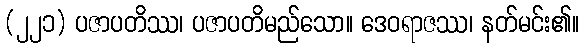
(၂၂၁) ပဇာပတိဿ၊ ပဇာပတိမည်သော။ ဒေဝရာဇဿ၊ နတ်မင်း၏။